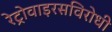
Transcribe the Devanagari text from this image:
रेट्रोवाइरसविरोधी